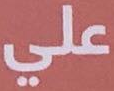
علي